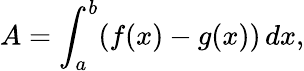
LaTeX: A=\int_{a}^{b}(f(x)-g(x))\, dx,